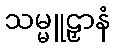
သမ္မူဠှာနံ